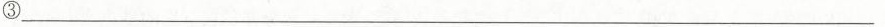
③___